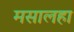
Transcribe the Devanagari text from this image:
मसालहा